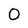
Character: 0